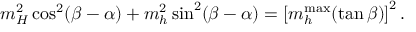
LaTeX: m _ { H } ^ { 2 } \cos ^ { 2 } ( \beta - \alpha ) + m _ { h } ^ { 2 } \sin ^ { 2 } ( \beta - \alpha ) = \left[ m _ { h } ^ { \mathrm { m a x } } ( \tan \beta ) \right] ^ { 2 } .